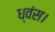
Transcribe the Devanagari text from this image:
ध्वंस।